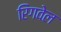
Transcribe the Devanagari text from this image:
रिंगवेल